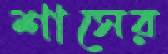
শাসের